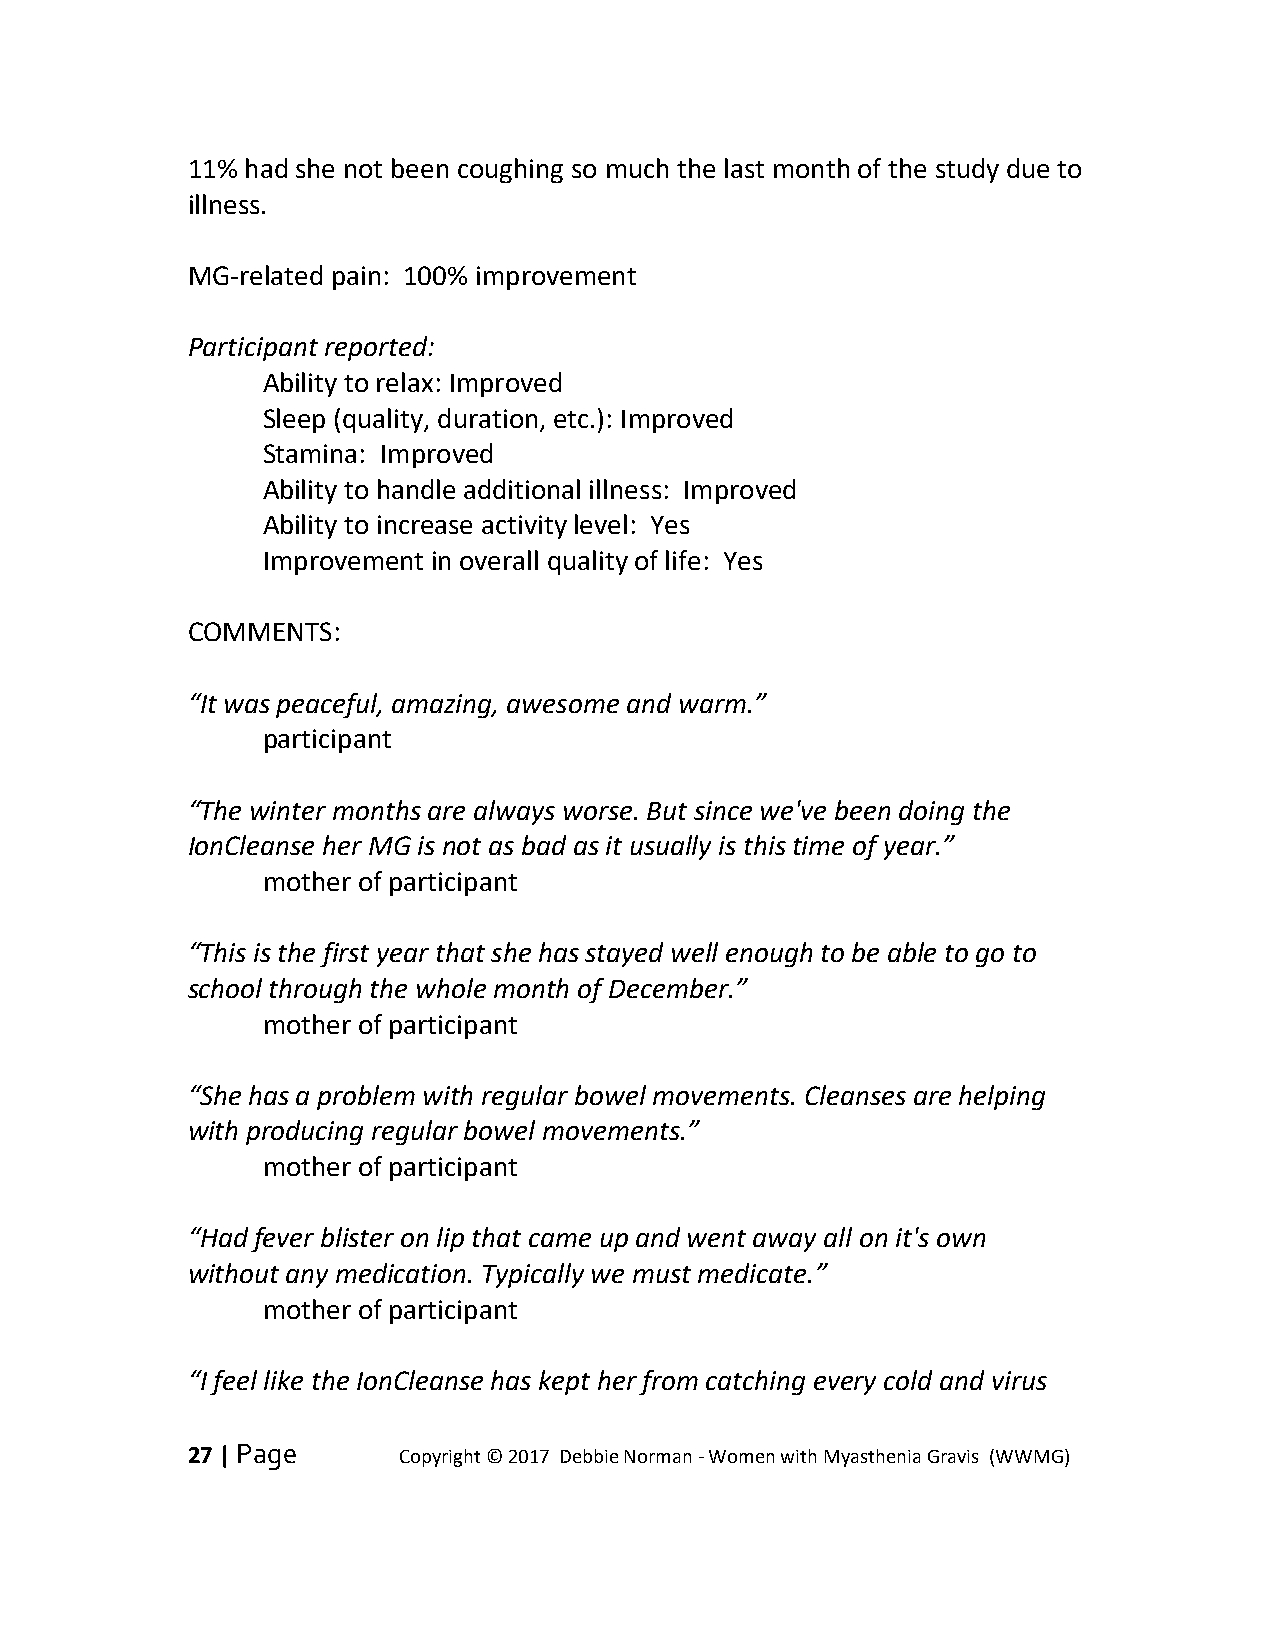
11% had she not been coughing so much the last month of the study due to
 illness.
 MG-related pain: 100% improvement
 Participant reported:
 Ability to relax: Improved
 Sleep (quality, duration, etc.): Improved
 Stamina: Improved
 Ability to handle additional illness: Improved
 Ability to increase activity level: Yes
 Improvement in overall quality of life: Yes
 COMMENTS:
 “It was peaceful, amazing, awesome and warm.”
 participant
 “The winter months are always worse. But since we've been doing the
 IonCleanse her MG is not as bad as it usually is this time of year.”
 mother of participant
 “This is the first year that she has stayed well enough to be able to go to
 school through the whole month of December.”
 mother of participant
 “She has a problem with regular bowel movements. Cleanses are helping
 with producing regular bowel movements.”
 mother of participant
 “Had fever blister on lip that came up and went away all on it's own
 without any medication. Typically we must medicate.”
 mother of participant
 “I feel like the IonCleanse has kept her from catching every cold and virus
 27 | Page     Copyright © 2017 Debbie Norman - Women with Myasthenia Gravis (WWMG)